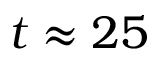
t \approx 2 5